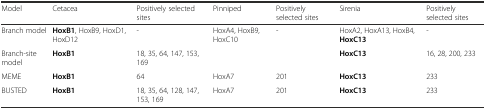
<table><thead><tr><td><b>Model</b></td><td><b>Cetacea</b></td><td><b>Positively selected sites</b></td><td><b>Pinniped</b></td><td><b>Positively selected sites</b></td><td><b>Sirenia</b></td><td><b>Positively selected sites</b></td></tr></thead><tbody><tr><td>Branch model</td><td><b>HoxB1</b>, HoxB9, HoxD1, HoxD12</td><td>-</td><td>HoxA4, HoxB9, HoxC10</td><td>-</td><td>HoxA2, HoxA13, HoxB4, <b>HoxC13</b></td><td>-</td></tr><tr><td>Branch-site model</td><td><b>HoxB1</b></td><td>18, 35, 64, 147, 153, 169</td><td></td><td></td><td><b>HoxC13</b></td><td>16, 28, 200, 233</td></tr><tr><td>MEME</td><td><b>HoxB1</b></td><td>64</td><td>HoxA7</td><td>201</td><td><b>HoxC13</b></td><td>233</td></tr><tr><td>BUSTED</td><td><b>HoxB1</b></td><td>18, 35, 64, 128, 147, 153, 169</td><td>HoxA7</td><td>201</td><td><b>HoxC13</b></td><td>233</td></tr></tbody></table>